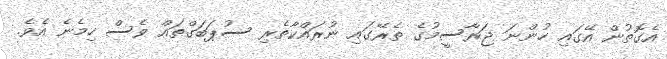
އެގޮތުން އޭގައި ހުންނަ ޖަރާސީމުގެ ތެރޭގައި ނުރައްކާތެރި ސުޕަބަގްތައް ވެސް ހިމެނެ އެވެ.